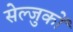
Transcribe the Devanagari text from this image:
सेल्जुकों